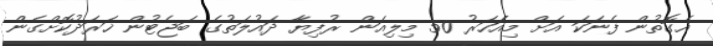
އެގޮތުން ފެނަކަ އަށް މިއަަހަރު 50 މިލިއަން ރުފިޔާ ދައުލަތުގެ ބަޖެޓުން ޚަރަދުކޮށްގެން